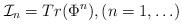
LaTeX: \begin{align*}{\cal I}_n = Tr(\Phi^n), (n = 1,\ldots)\end{align*}